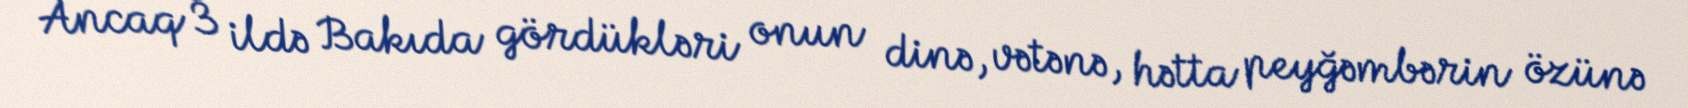
Ancaq 3 ildə Bakıda gördükləri onun dinə, vətənə, hətta peyğəmbərin özünə